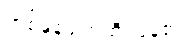
တစ်ဖန်ဖျက်ဆီးပြန်၏။